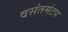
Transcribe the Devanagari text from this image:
वसंतमंटप